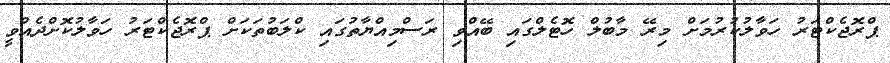
ޕްރޮޖެކްޓަރު ހަވާލުކުރުމަށް މިރޭ މާބުލް ހޮޓެލްގައި ބޭއްވި ރަސްމިއްޔާތުގައި ކްލަބުތަކަށް ޕްރޮޖެކްޓަރު ހަވާލުކޮށްދެއްވީ